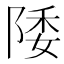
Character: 𱀚